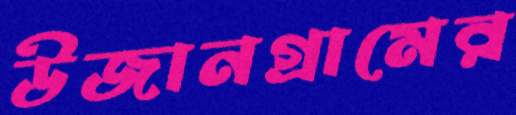
উজানগ্রামের